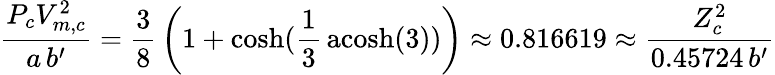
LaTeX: {\frac{P_{c}V_{m,c}^{2}}{a\, b^{\prime}}}={\frac{3}{8}}\left(1+\cosh({\frac{1}{3}}\operatorname{acosh}(3))\right)\approx 0.816619\approx{\frac{Z_{c}^{2}}{0.45724\, b^{\prime}}}